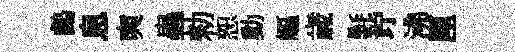
鸕息奭蟲勑恕動嶇歳氎竚沸厘